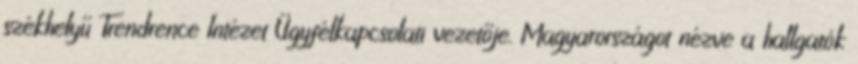
székhelyű Trendrence Intézet Ügyfélkapcsolati vezetője. Magyarországot nézve a hallgatók